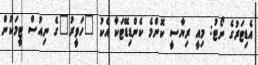
އެޑިޓަރުގެ ނޯޓު: މިއީ ރިޔާސީ ކޮންމެ ކެންޑިޑޭޓަކާ އެކު "ހަވީރު"ގެ ނިއުސް ޓީމަކުން